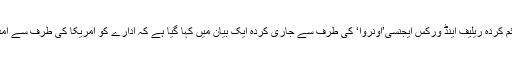
مرکز اطلاعات) فلسطینی پناہ گزینوں کے لیے قائم کردہ ریلیف اینڈ ورکس ایجنسی’اونروا‘ کی طرف سے جاری کردہ ایک بیان میں کہا گیا ہے کہ ادارے کو امریکا کی طرف سے امداد کی بندش سے متعلق کوئی نوٹس نہیں ملا ہے۔